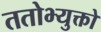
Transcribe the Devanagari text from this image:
ततोभ्युक्तो